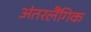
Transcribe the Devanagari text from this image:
अंतरलैंगिक